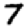
Digit: 7